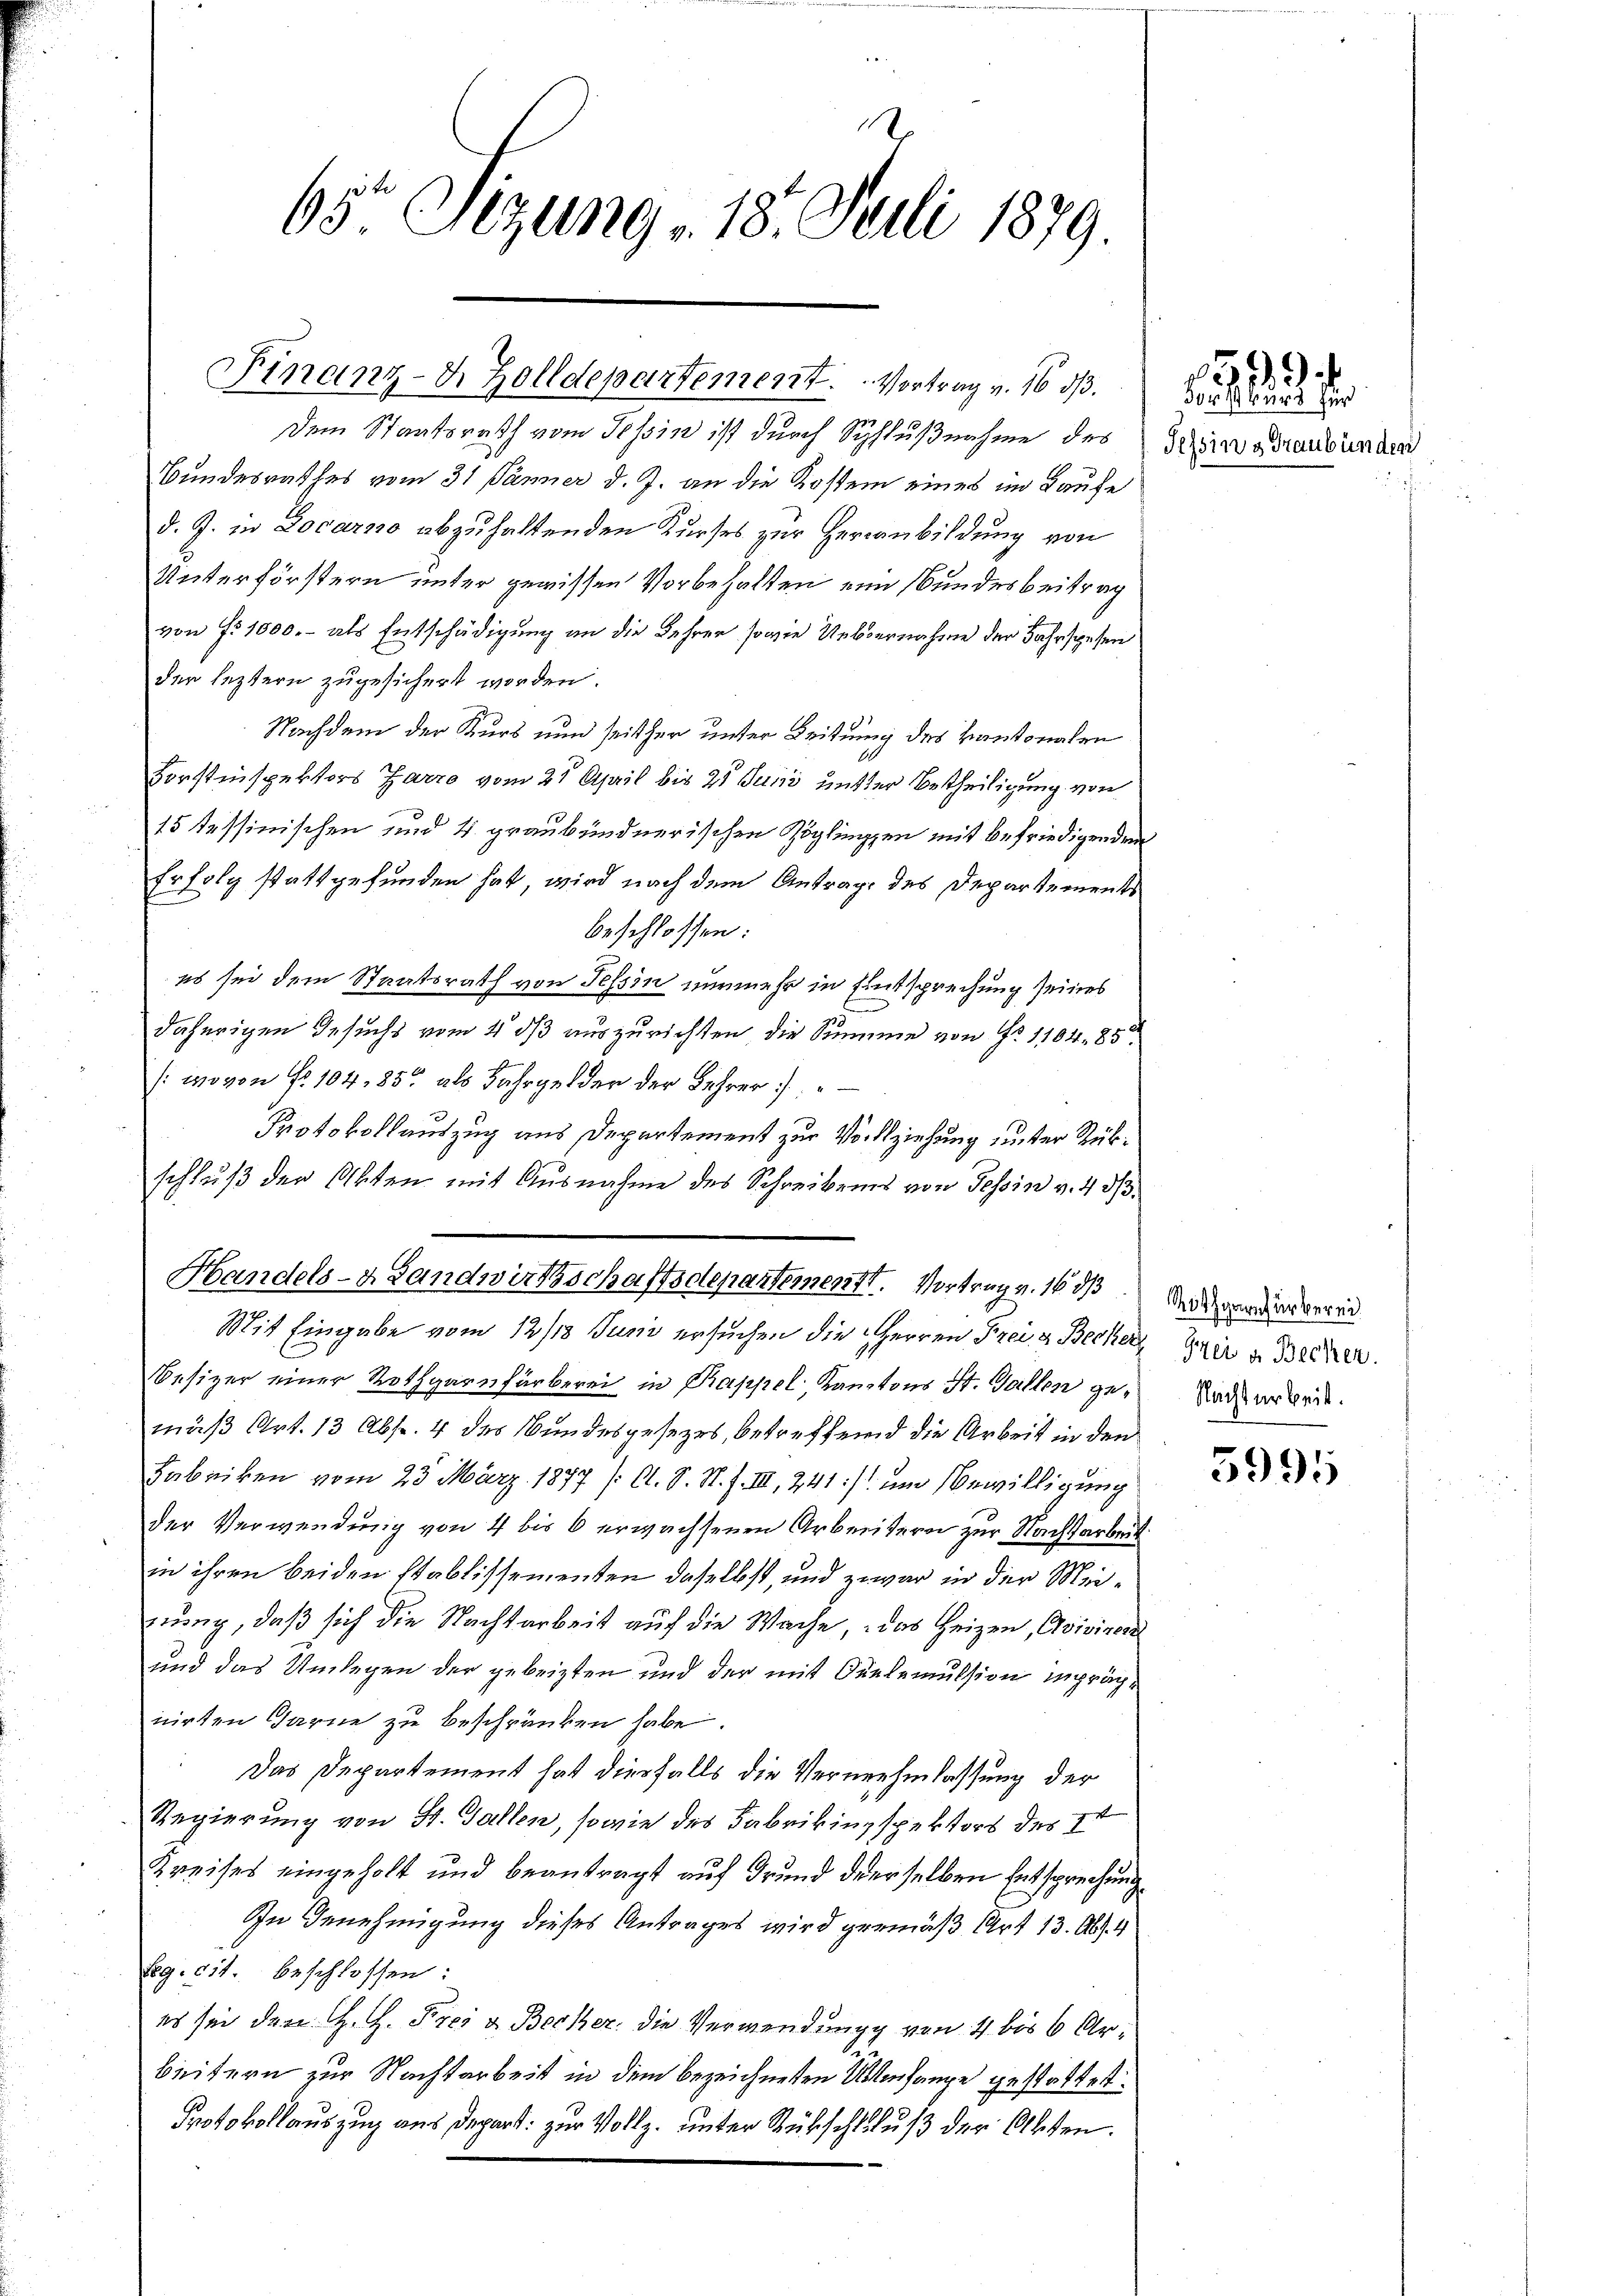
65 Sezung 18. Juli 1879.

Finanz-J. Zolldepartement. Vortrag v. 16 d.

Dem Staatsrath vom Tessin ist durch Schlußnahme des
Bundesrathes vom 31 Jänner d. J. an die Kosten eines im Laufe
d. J. in Locarno abzuhaltenden Kurses zur Herranbildung von
Unterförstern unter gewissen Vorbehalten ein Bundesbeitrag
von No 1000.- als Entschädigung an die Lehrer sowie Uebernahme der Jahr spesen
der leztern zugesichert worden.
Nachdem der Kurs nun seither unter Leitung des Kantonalen
Forstinspektors Zarro vom 27 April bis 25 Juni unter Betheiligung von
15 tessinischen und 4 graubündnerischen Zöglingen mit befriedigenden
Erfolg stattgefunden hat, wird nach dem Antrage des Departements
beschlossen:
es sei dem Staatsrath von Tessin nunmehr in Entsprechung seines
daherigen Gesuchs vom 4. ds auszurichten die Summe von No 1104. 85
(:wovon Nr. 104, 85 als Fahrgelder der Lehrer
Protokollauszug aus Departement zur Vollziehung unter Rükschluß der Akten mit Ausnahme des Schreibens von Tessin v. 4 3/
Mit Eingabe vom 12/13. Juni ersuchen die Herren Preis Becker
Sesizer einer Rothgarnfärberei in Rappel Kantons St. Gallen gemäß Art. 13 Abs. 4 des Bundesgesezes, betreffend die Arbeit in den
Habriken vom 23. März 1877 [A. S. St. F. III, 241] um Bewilligung
der Verwendung von 4 bis 6 erwachsenen Arbeitern zur Nachtarbeit
in ihren beiden stablissementen daselbst, und zwar in der Meinung, daß sich die Nachtarbeit auf die Wache das Heizen, Avisiert
und das Umlegen der gebeizten und der mit Onelemulsion in prächnirten Garne zu beschränken habe.
Das Departement hat diesfalls die Vernehmlassung der
Regierung von St. Gallen, sowie des Fabrikinspektors des I
Kreises eingeholt und beantragt auf Grund derselben Entsprechung
In Genehmigung dieses Antrages wird gemäß Art 13. Abs. 4
Reg. cit. beschlossen:
es sei den H. G. Frei & Becker, die Verwendung von 4 bis 6 Arbeitern zur Nachtarbeit in dem bezeichneten Unterhange gestattet
Protokollauszug aus Depart zur Vollz. unter Rükschluß der Akten.

Handels- Landwirtschaftsdepartement. Vortrag v. 16 d

Forst Bur für
Tessin s Graubünden

519.

Rotzgarn für berei¬
Frei a. Becker.
Nachtarbeit.

5995